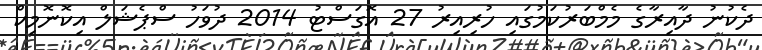
ދެކުނު ދާއިރާގެ މެމްބަރުކަމުގައި ހުރިއިރު 27 އޮގަސްޓު 2014 ދުވަހު ސްޕެޝަލް އިކޮނޮމިކް